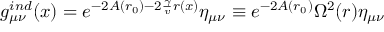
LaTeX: g _ { \mu \nu } ^ { i n d } ( x ) = e ^ { - 2 A ( r _ { 0 } ) - 2 \frac { \gamma } { v } r ( x ) } \eta _ { \mu \nu } \equiv e ^ { - 2 A ( r _ { 0 } ) } \Omega ^ { 2 } ( r ) \eta _ { \mu \nu }